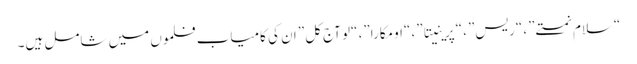
“سلام نمستے”، “ریس”، “پرینیتا”، “اومکارا”، “لو آج کل” ان کی کامیاب فلموں میں شامل ہیں۔